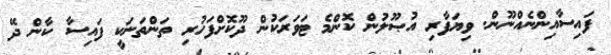
ފައިސާއިންނެއްނޫން. ވިޔަފާރި އުޞޫލުން ކޮންމެ ޓަވަރަކުން ދޫކޮށްފަހުރި ތަންތަނަކީ ފައިސާ ކާން ދޭ